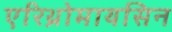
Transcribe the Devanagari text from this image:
एरिथ्रोमायसिन